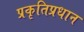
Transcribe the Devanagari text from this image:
प्रकृतिप्रधान